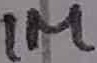
Text: 1M